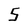
Character: 5